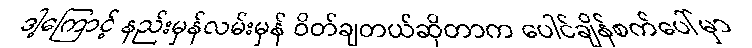
ဒါ့ကြောင့် နည်းမှန်လမ်းမှန် ဝိတ်ချတယ်ဆိုတာက ပေါင်ချိန်စက်ပေါ်မှာ